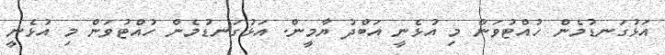
އަޅުގަނޑުމެން ހުއްޓުވަން މި އުޅެނީ އަބްދު ޔާމީން. އަޅުގަނޑުމެން ހުއްޓުވަން މި އުޅެނީ